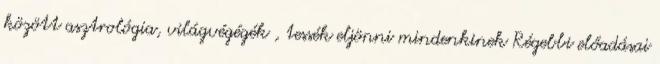
között asztrológia, világvégégék , tessék eljönni mindenkinek Régebbi előadásai